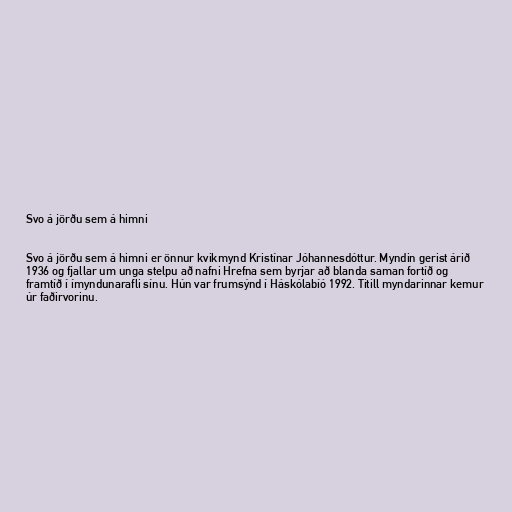
Svo á jörðu sem á himni

Svo á jörðu sem á himni er önnur kvikmynd Kristínar Jóhannesdóttur. Myndin gerist árið
1936 og fjallar um unga stelpu að nafni Hrefna sem byrjar að blanda saman fortíð og
framtíð í ímyndunarafli sínu. Hún var frumsýnd í Háskólabíó 1992. Titill myndarinnar kemur
úr faðirvorinu.